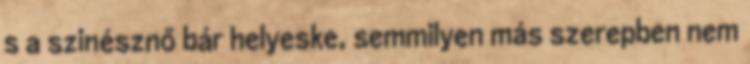
s a szinésznő bár helyeske, semmilyen más szerepben nem